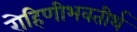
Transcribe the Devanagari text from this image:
रोहिणीभवतीर्थ